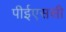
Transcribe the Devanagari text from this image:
पीईएससी